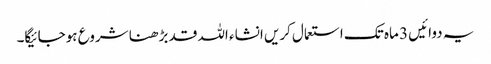
یہ دوائیں 3 ماہ تک استعمال کریں انشاء اللہ قد بڑھنا شروع ہوجائیگا۔